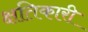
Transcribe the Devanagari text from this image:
क्षतिकारी